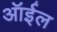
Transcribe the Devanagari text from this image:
ऑर्इल